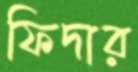
ফিদার